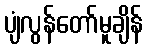
ပျံလွန်တော်မူချိန်